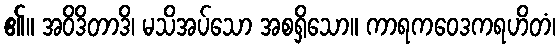
၏။ အဝိဒိတာဒိ၊ မသိအပ်သော အစရှိသော။ ကာရကဝေဒကရဟိတံ၊